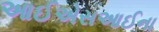
આઈએસઆઈના